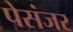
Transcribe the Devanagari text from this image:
पेसंजर